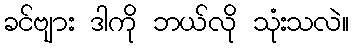
ခင်ဗျား ဒါကို ဘယ်လို သုံးသလဲ။